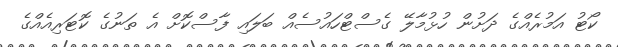
ކޯޓު އަމުރެއްގެ ދަށުން ހުޅުމާލޭ ގެސްޓްހައުސެއް ބަލައި ފާސްކޮށް އެ ތަނުގެ ކޮޓަރިއެއްގެ